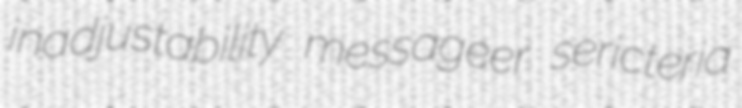
inadjustability messageer sericteria